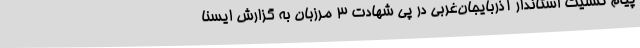
پیام تسلیت استاندار آذربایجان‌غربی در پی شهادت 3 مرزبان به گزارش ایسنا